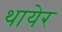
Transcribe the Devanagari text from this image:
थायेर